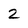
Character: 2